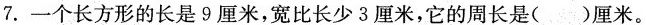
7.一个长方形的长是9厘米，宽比长少3厘米，它的周长是()厘米。